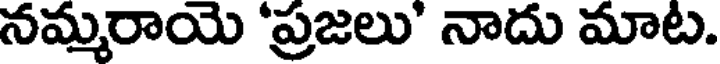
నమ్మరాయె 'ప్రజలు' నాదు మాట.